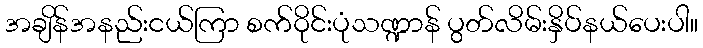
အချိန်အနည်းငယ်ကြာ စက်ဝိုင်းပုံသဏ္ဍာန် ပွတ်လိမ်းနှိပ်နယ်ပေးပါ။